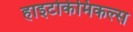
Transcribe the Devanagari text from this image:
हाइटोकेमिकल्स